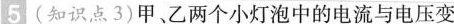
5(知识点3)甲、乙两个小灯泡中的电流与电压变